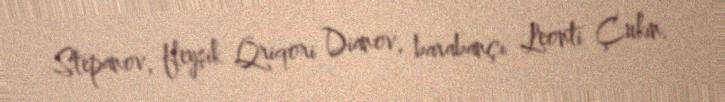
Stepanov, fleyşik Qriqori Dianov, barabançı Leonti Çukin.